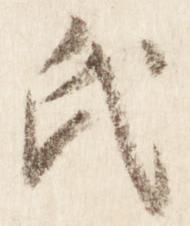
氏